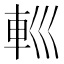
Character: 𨊩